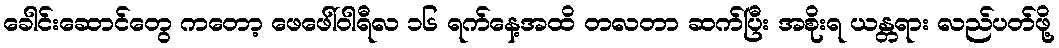
ခေါင်းဆောင်တွေ ကတော့ ဖေဖေါ်ဝါရီလ ၁၆ ရက်နေ့အထိ တလတာ ဆက်ပြီး အစိုးရ ယန္တရား လည်ပတ်ဖို့